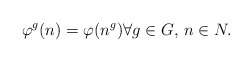
\begin{align*} \varphi^g(n)=\varphi(n^g ) \forall g \in G, \, n \in N.\end{align*}